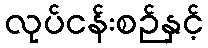
လုပ်ငန်းစဉ်နှင့်